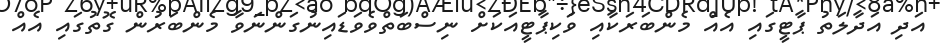
އަދި އަދާލަތު ޕާޓީގައި އެއް މެންބަރަކާއި ވަކިޕާޓީއަކަށް ނިސްބަތްވެވަޑައިނުގަންނަވާ މެންބަރުން ގޮތުގައި އެއް